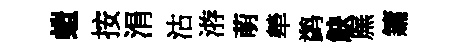
螘按涓沽㳺萌犖鹢觖廡鏞